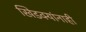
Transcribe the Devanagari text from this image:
खिडक्यांनाही